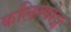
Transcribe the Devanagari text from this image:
कलिम्पोङ्ग